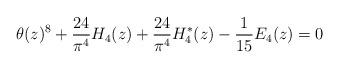
LaTeX: \begin{align*}\theta(z)^8+\frac{24}{\pi^4}H_4(z)+\frac{24}{\pi^4}H_4^{*}(z)-\frac{1}{15}E_4(z)=0\end{align*}